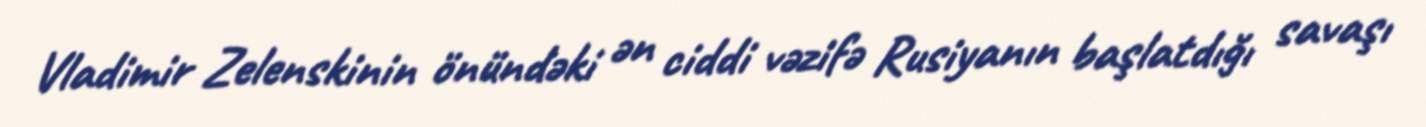
Vladimir Zelenskinin önündəki ən ciddi vəzifə Rusiyanın başlatdığı savaşı